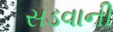
સડવાની